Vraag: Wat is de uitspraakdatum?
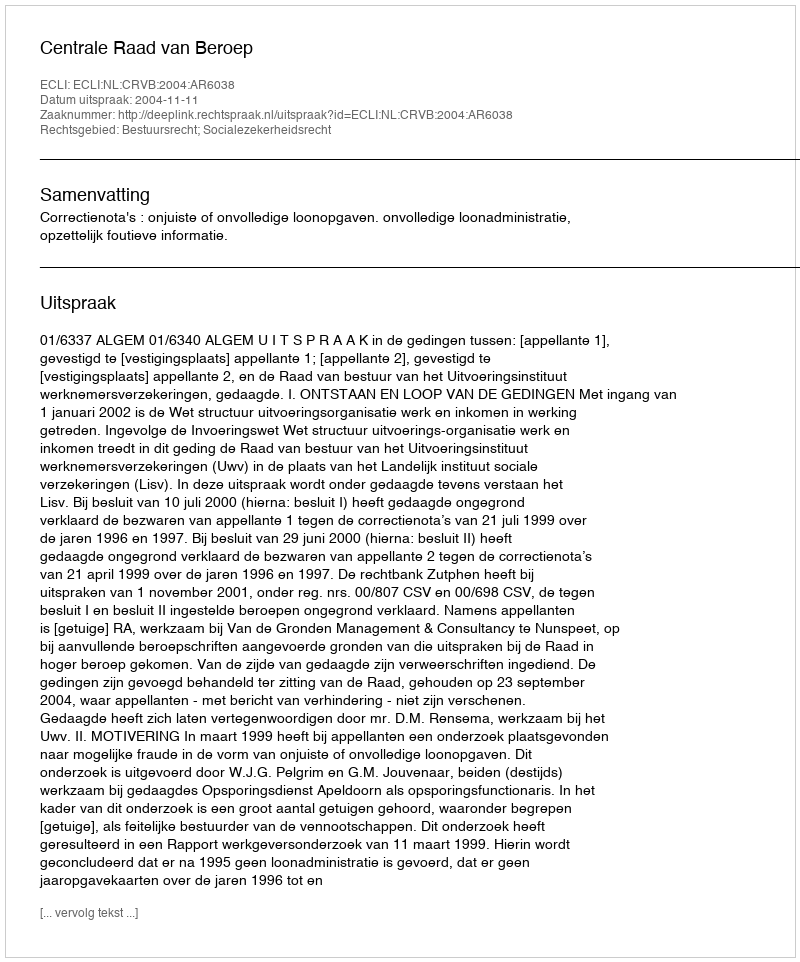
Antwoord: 2004-11-11